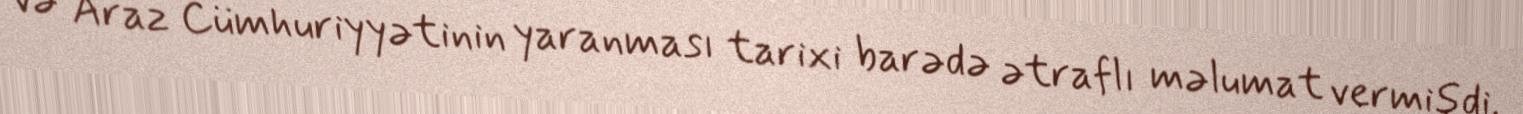
və Araz Cümhuriyyətinin yaranması tarixi barədə ətraflı məlumat vermişdi.